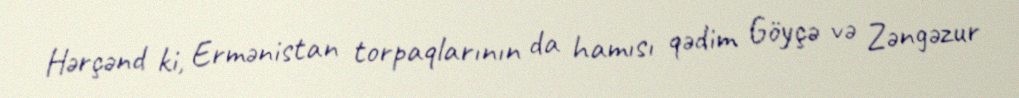
Hərçənd ki, Ermənistan torpaqlarının da hamısı qədim Göyçə və Zəngəzur